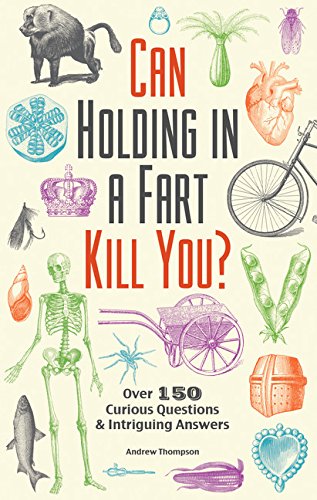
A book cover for Can Holding in a Fart Kill You?: Over 150 Curious Questions and Intriguing Answers; Andrew Thompson; Humor & Entertainment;